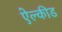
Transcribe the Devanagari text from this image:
ऐल्कीड